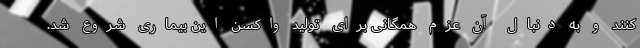
کنند و به دنبال آن عزم همگانی برای تولید واکسن این بیماری شروع شد.